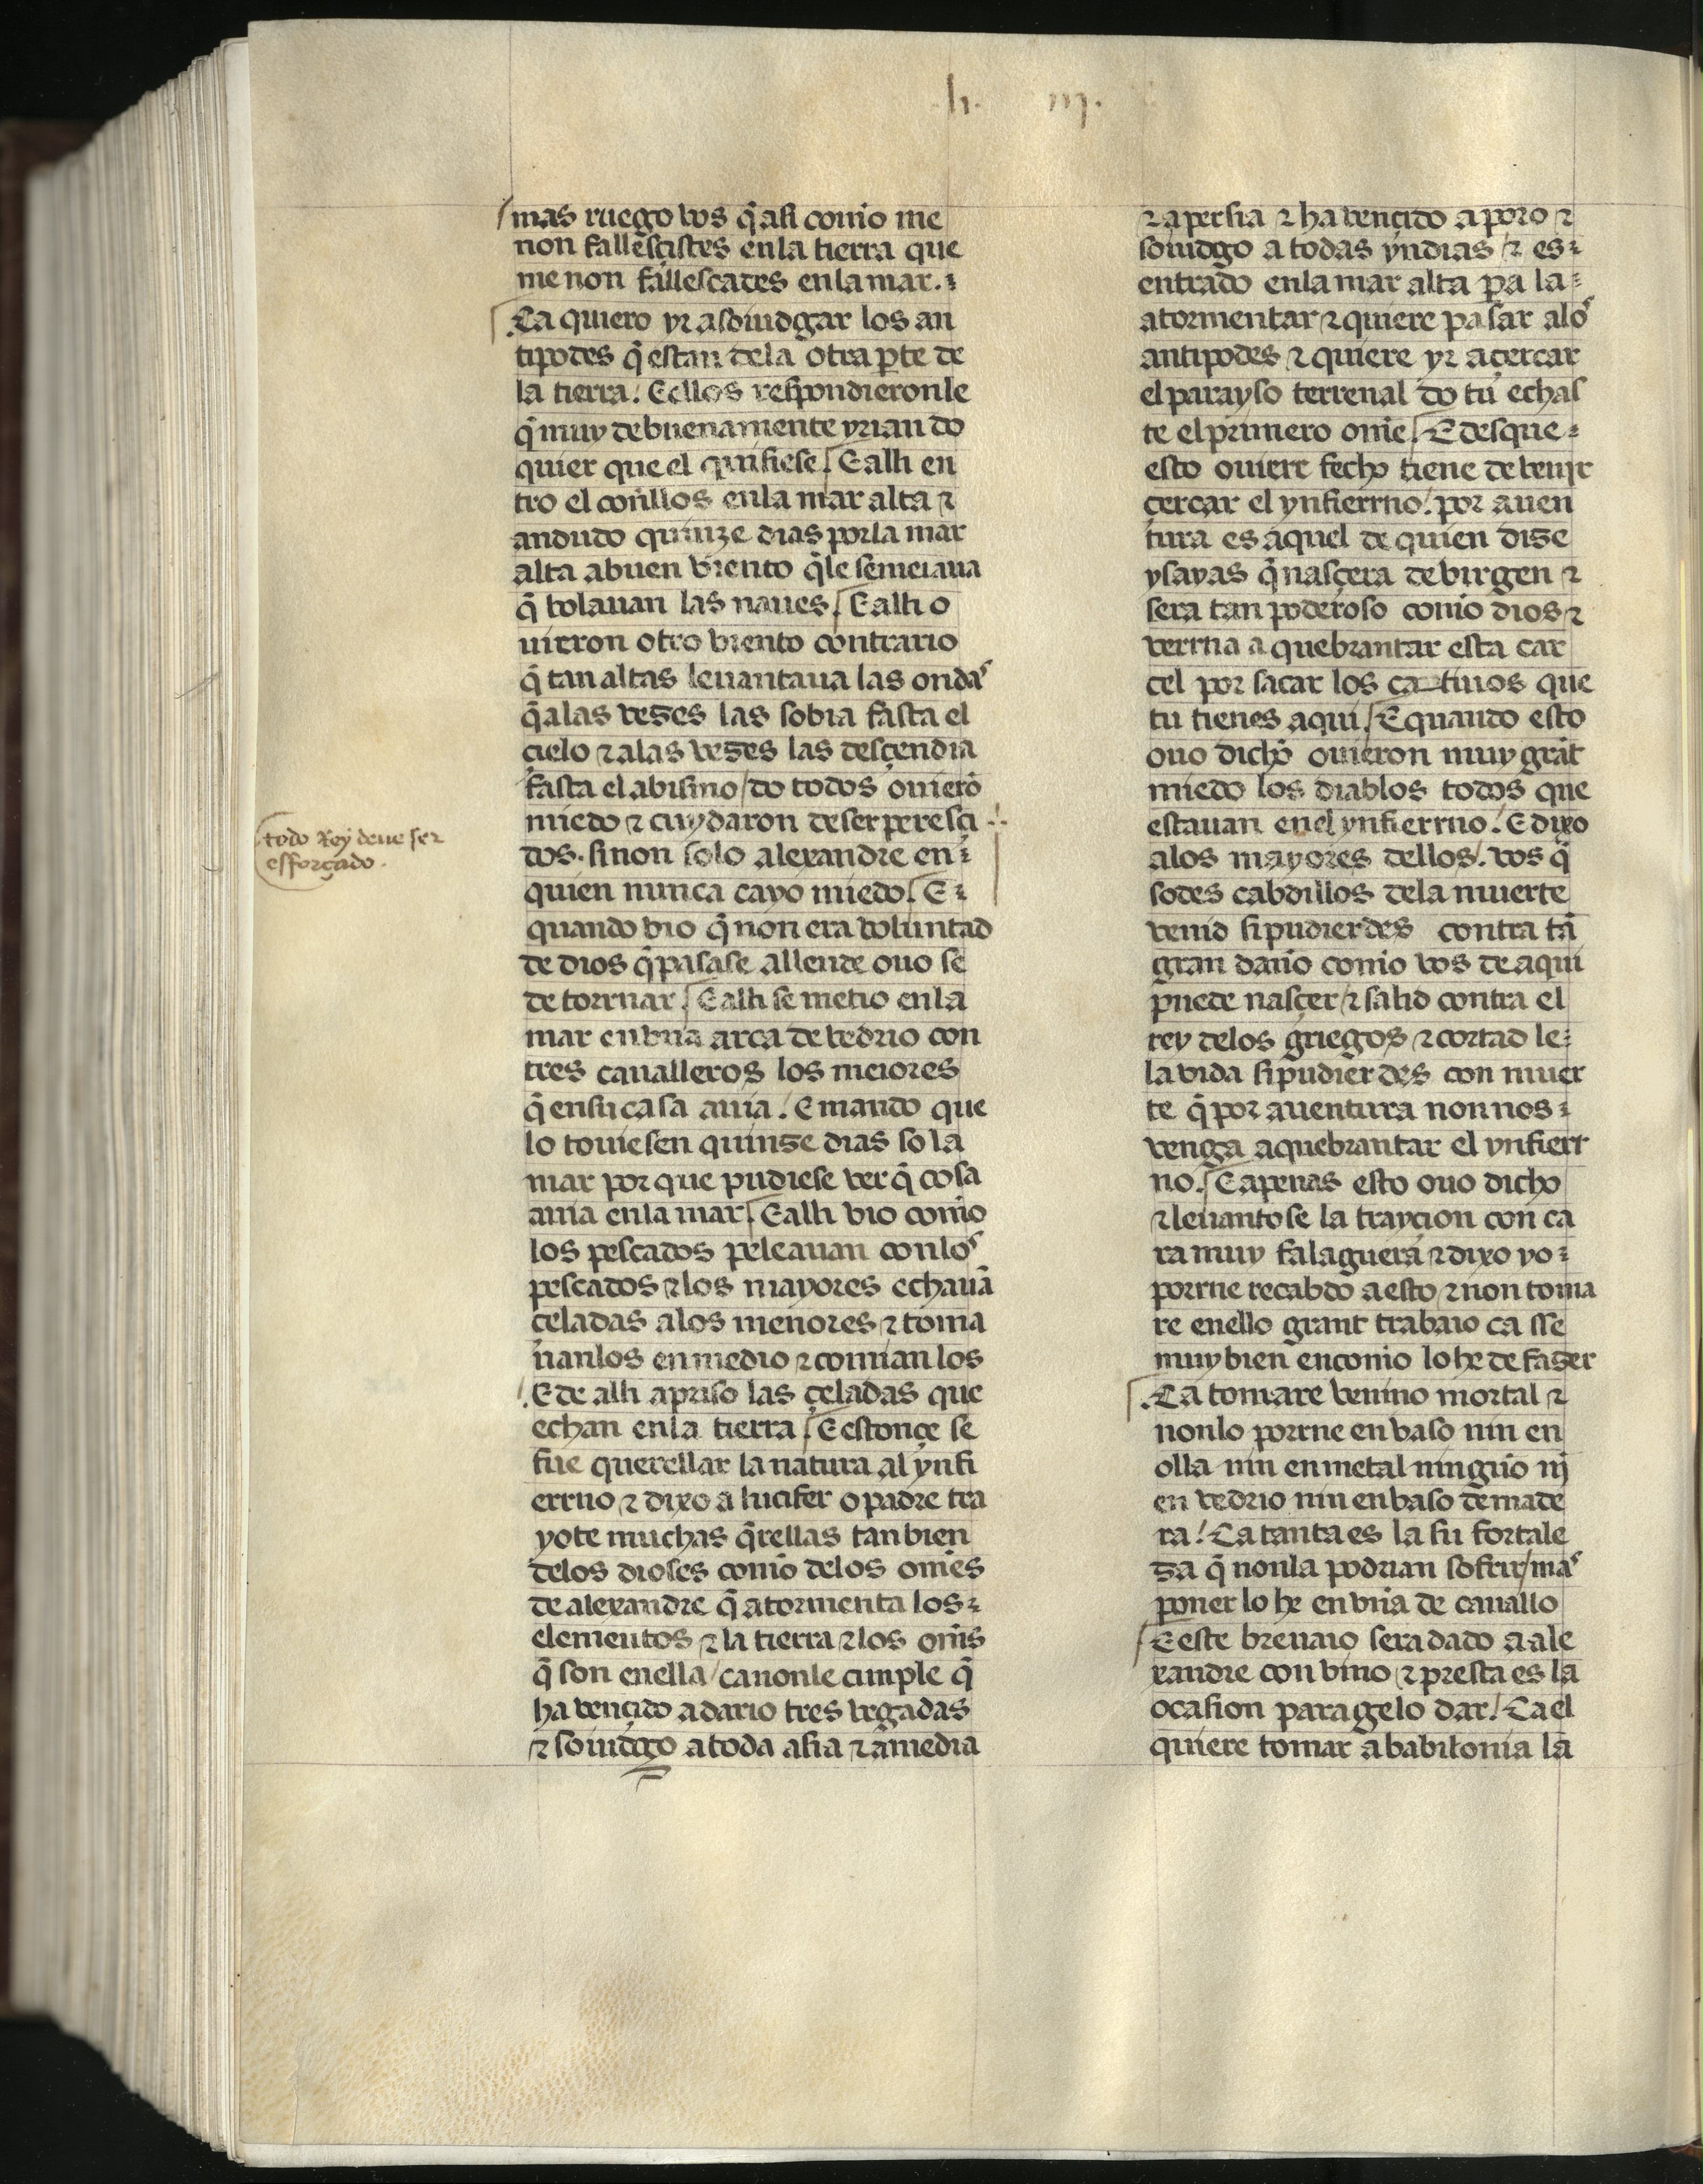
Shelfmark: Madrid, Fundación Lázaro Galdiano, mss 289
Century: 15